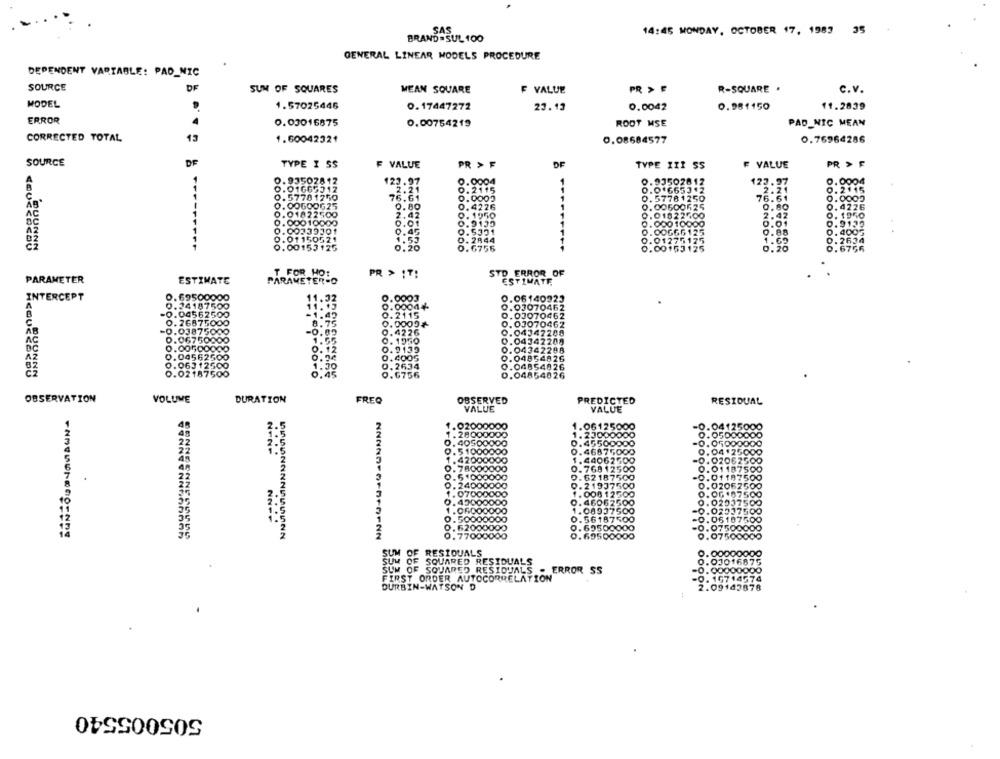
SAS
14:45 MONDAY, OCTOBER 17, 1987 35
BRAND =SUL 100
GENERAL LINEAR MODELS PROCEDURE
DEPENDENT VARIABLE: PAD_NIC
SOURCE
DF
SUM OF SQUARES
MEAN SQUARE
F VALUE
PR > F
R-SQUARE .
C.v.
MODEL
1.57025446
0.17447272
23.13
0.0042
0.981150
11.2839
ERROR
0.03016875
PAD_NIC MEAN
0.00754219
ROOT MSE
13
CORRECTED TOTAL
1.60042321
0.08684577
0.76964286
SOURCE
DF
TYPE I SS
F VALUE
PR > F
TYPE III SS
F VALUE
PR > F
0.93502812
123
9. 93502812
123.97
0.0004
0.01665312
.96653+2
2.21
0.2115
0.57781250
16.
2.57761250
76.61
0.0002
. OOGOOG 25
9.80
O
0.00600625
0.4226
AC
1
.01822500
0.80
.00010000
2
0
.01822400
000 10000
2.42
0. 1950
0.01
0.9135
AZ
39301
O
5651
0.88
0. 4005
COUSCOCO
1.69
0.2634
153
EFFON-LIDO
6756
0.20
JONDDD
0.6756
PR > IT!
STD ERROR OF
PARAMETER
ESTIMATE
PARAMETERSO
T FOR HOE
ESTIMATE
INTERCEPT
.69500000
.0003
A
11.32
0.06140923
ODO
24187500
11.15
0.00044-
0.03070462
04562500
-1.49
.2115
0.00070462
26875000
8.75
0.03070462
038750
-0.05
4226
0.04342200
AC
06750
1950
0.04342209
DE
0.00
0. 12
0.9139
0.04342298
12
3.04
0.94
0.04854826
.06
1.30
0.04854826
5.07
DOOOO
0.04854026
OBSERVATION
VOLUME
DURATION
FREQ
OBSERVED
PREDICTED
RESIDUAL
VALUE
VALUE
2000000
.061250
=0.04125000
1.28000000
1. 23000000
. 05000000
0.40500000
-0.05000000
NONP
....
0.51000000
168750
0.04 .25000
1.42000000
4062"
-0.02062500
0.78000000
69 12
0.01187500
9.51000000
2187
-0.01197500
7500
0.02062500
0.24000000
. 008
1.07000000
0.460
25.00
0.OG .87500
0.45000000
500
0.02037500
1.06000000
-0.02517500
....
.50000000
18
500
-0.06187500
6950
700
695
07
SUM OF RESIDUALS
SUM OF SQUARED RESIDUALS
. 00016871
0.0000
SUM OF SQUARED RESIDUALS . ERROR SS
FIRST ORDER AUTOCORRELATION
10714574
DURBIN-WATSON D
2.09143878
505005540